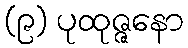
(၉) ပုထုဇ္ဇနော